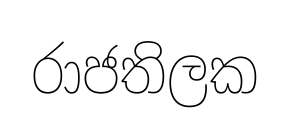
රාජතිලක